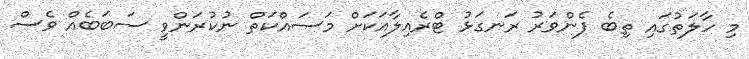
މި ހާލަތުގައި ތިބެ ފެންވަރު ރަނގަޅު ޓްރެއިލާއަކަށް މަސައްކަތް ނުކުރަންވީ ސަބަބެއް ވެސް